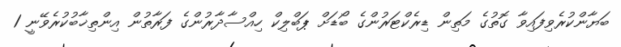
ބަޔާންކުރެވިފައިވާ ގޮތުގެ މަތިން ޑިރެކްޓަރުންގެ ބޯޑަށް ޕަބްލިކް ހިއްސާދާރުންގެ ފަރާތުން އިންތިޚާބުކުރެވޭނީ 1